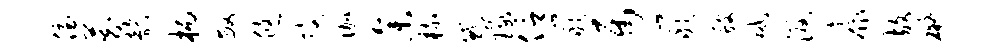
侄藏韵柄敏悠披伽参梳惑琢信岩属岩艘减汲康放碍